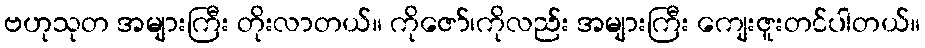
ဗဟုသုတ အများကြီး တိုးလာတယ်။ ကိုဇော်၊ကိုလည်း အများကြီး ကျေးဇူးတင်ပါတယ်။